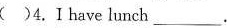
( )4.Ⅰhave lunch___.